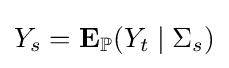
Y_{s}=\mathbf {E} _{\mathbb {P} }(Y_{t}\mid \Sigma _{s})